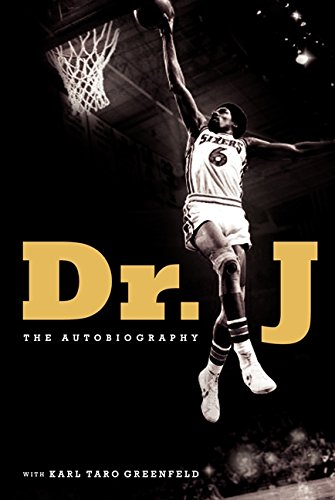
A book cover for Dr. J: The Autobiography; Julius Erving; Biographies & Memoirs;